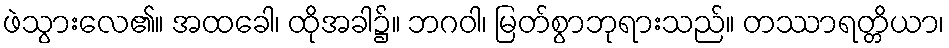
ဖဲသွားလေ၏။ အထခေါ၊ ထိုအခါ၌။ ဘဂဝါ၊ မြတ်စွာဘုရားသည်။ တဿာရတ္တိယာ၊